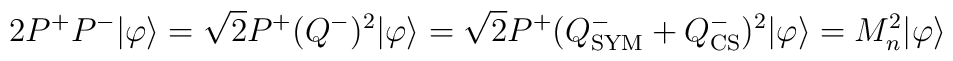
2P^+P^-|\varphi\rangle=\sqrt{2}P^+(Q^-)^2|\varphi\rangle=\sqrt{2}P^+(Q^-_{\rm SYM}+Q^-_{\rm CS})^2|\varphi\rangle=M^2_n|\varphi\rangle